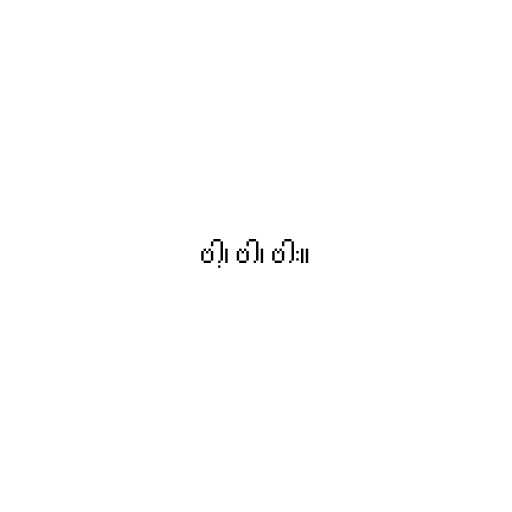
ဗါ့၊ ဗါ၊ ဗါး။